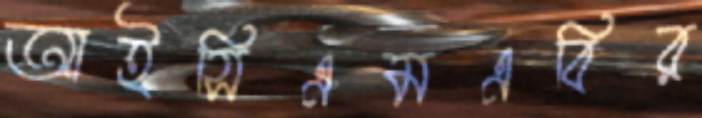
আইসিএমএবির